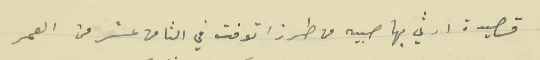
قصيدة ارثي بها صبيه من طرزا توفت في الثامن عشر من العمر